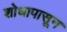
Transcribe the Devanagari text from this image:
शोधापासून